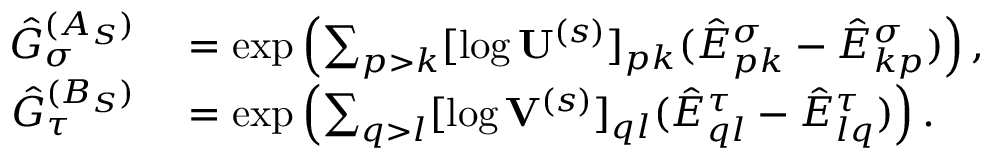
\begin{array} { r l } { \hat { G } _ { \sigma } ^ { ( A _ { S } ) } } & { { } = \exp \left( \sum _ { p > k } [ \log \mathbf { U } ^ { ( s ) } ] _ { p k } ( \hat { E } _ { p k } ^ { \sigma } - \hat { E } _ { k p } ^ { \sigma } ) \right) , } \\ { \hat { G } _ { \tau } ^ { ( B _ { S } ) } } & { { } = \exp \left( \sum _ { q > l } [ \log \mathbf { V } ^ { ( s ) } ] _ { q l } ( \hat { E } _ { q l } ^ { \tau } - \hat { E } _ { l q } ^ { \tau } ) \right) . } \end{array}